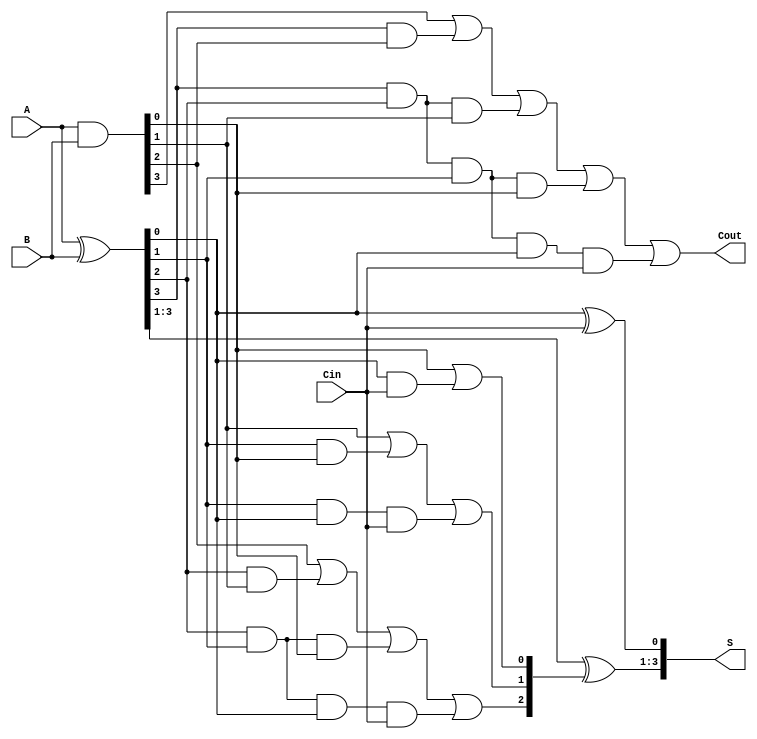
module CLA_adder4bit(
	input Cin, 
	input [3:0] A,
	input [3:0] B,
	output [3:0] S,
	output  Cout);


wire [3:0] G, P, C;

	assign G = A & B; //generate when A and B are high, regardless of carry from previous bit
	assign P = A ^ B; //propogate when carry bit and either A or B is high, aka xor
	
	assign C[0] = G[0] | (P[0]&Cin);
	assign C[1] = G[1] | (P[1]&G[0]) | (P[1]&P[0]&Cin);
	assign C[2] = G[2] | (P[2]&G[1]) | (P[2]&P[1]&G[0]) | (P[2]&P[1]&P[0]&Cin);
	assign C[3] = G[3] | (P[3]&G[2]) | (P[3]&P[2]&G[1]) | (P[3]&P[2]&P[1]&G[0]) | (P[3]&P[2]&P[1]&P[0]&Cin);
	
	assign S[0] = P[0] ^ Cin;
	assign S[3:1] = P[3:1] ^ C[2:0];
	assign Cout = C[3];



endmodule